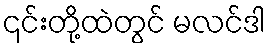
၎င်းတို့ထဲတွင် မလင်ဒါ